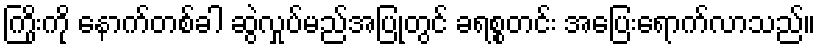
ကြိုးကို နောက်တစ်ခါ ဆွဲလှုပ်မည်အပြုတွင် ခရစ္စတင်း အပြေးရောက်လာသည်။